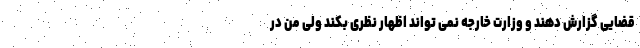
قضایی گزارش دهند و وزارت خارجه نمی تواند اظهار نظری بکند ولی من در